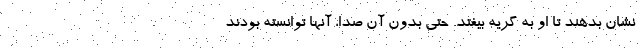
نشان بدهند تا او به گریه بیفتد. حتی بدون آن صدا، آنها توانسته بودند